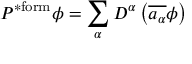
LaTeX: P ^ { \mathrm { * f o r m } } \phi = \sum _ { \alpha } D ^ { \alpha } \left( { \overline { { a _ { \alpha } } } } \phi \right)